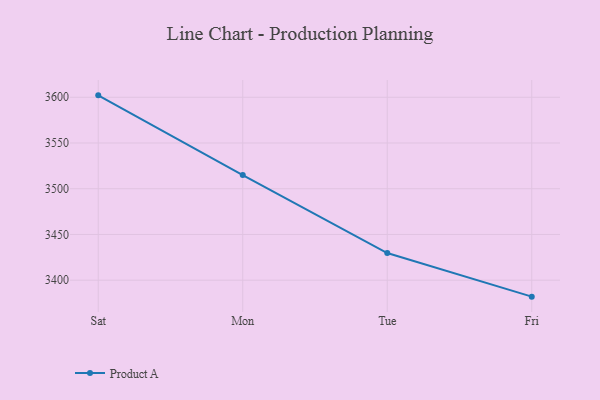
{"axis": {"x": "Day", "y": "Headcount"}, "legend": ["Product A"], "data": [{"x": "Sat", "y": 3602.1, "type": "Product A"}, {"x": "Mon", "y": 3514.9, "type": "Product A"}, {"x": "Tue", "y": 3429.7, "type": "Product A"}, {"x": "Fri", "y": 3382.0, "type": "Product A"}]}